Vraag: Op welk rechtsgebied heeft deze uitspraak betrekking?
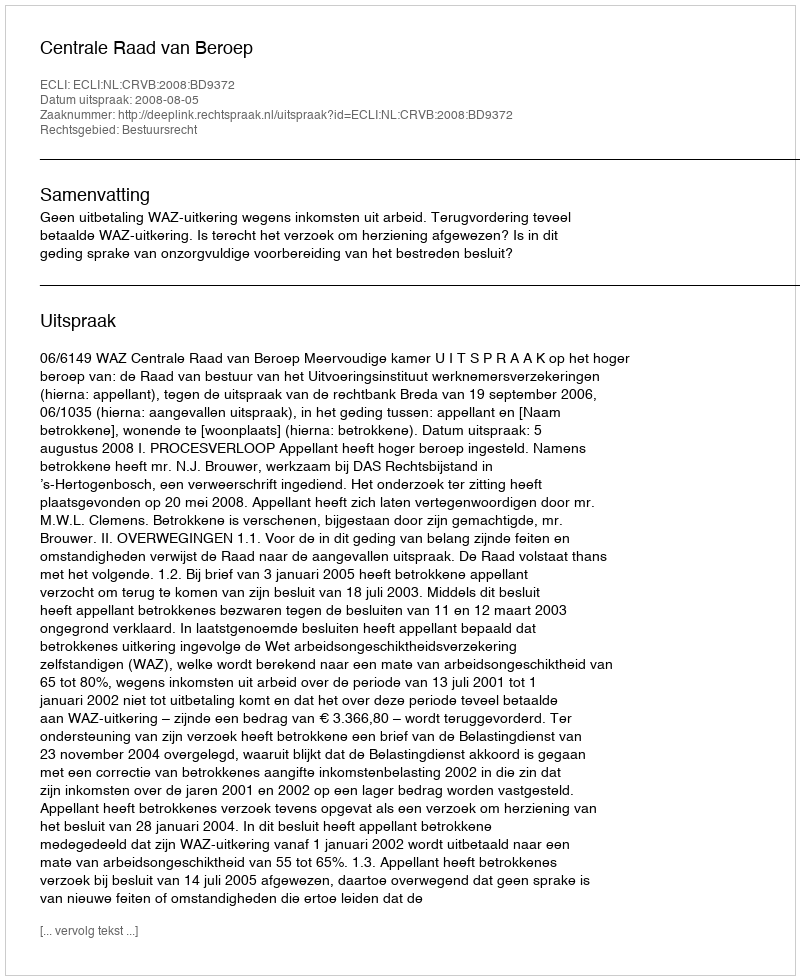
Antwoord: Bestuursrecht